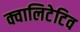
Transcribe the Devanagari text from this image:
क्वालिटेटिव